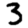
Digit: 3